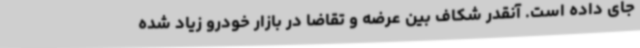
جای داده است. آنقدر شکاف بین عرضه و تقاضا در بازار خودرو زیاد شده